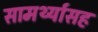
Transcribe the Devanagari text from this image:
सामर्थ्यासह